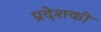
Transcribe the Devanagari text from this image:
प्रदेशकी